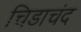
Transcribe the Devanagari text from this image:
चिडाचंद